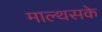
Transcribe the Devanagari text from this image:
माल्थसके